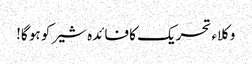
وکلاء تحریک کا فائدہ شیر کو ہو گا!